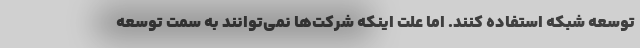
توسعه شبکه استفاده کنند. اما علت اینکه شرکت‌ها نمی‌توانند به سمت توسعه